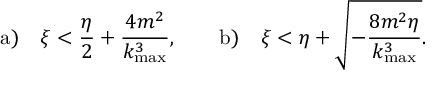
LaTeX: \mathrm { a ) } \quad \xi < \displaystyle { \frac { \eta } { 2 } + \frac { 4 m ^ { 2 } } { k _ { \mathrm { m a x } } ^ { 3 } } } , \qquad \mathrm { b ) } \quad \xi < \displaystyle { \eta + \sqrt { - \frac { 8 m ^ { 2 } \eta } { k _ { \mathrm { m a x } } ^ { 3 } } } } .